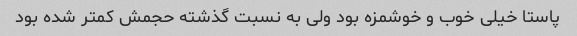
پاستا خیلی خوب و خوشمزه بود ولی به نسبت گذشته حجمش کمتر شده بود